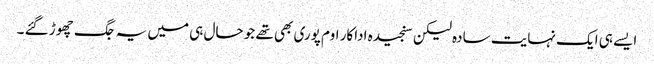
ایسے ہی ایک نہایت سادہ لیکن سنجیدہ اداکار اوم پوری بھی تھے جو حال ہی میں یہ جگ چھوڑ گئے ۔